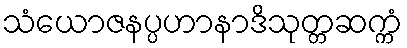
သံယောဇနပ္ပဟာနာဒိသုတ္တဆက္ကံ